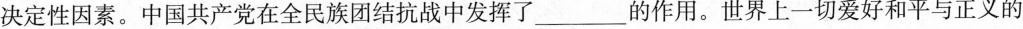
决定性因素。中国共产党在全民族团结抗战中发挥了___的作用。世界上一切爱好和平与正义的